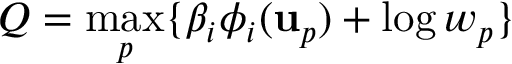
Q = \operatorname* { m a x } _ { p } \{ \beta _ { i } \phi _ { i } ( \mathbf { u } _ { p } ) + \log w _ { p } \}